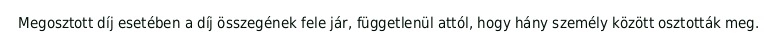
Megosztott díj esetében a díj összegének fele jár, függetlenül attól, hogy hány személy között osztották meg.